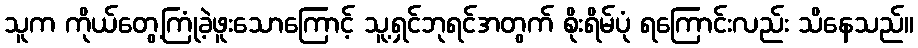
သူက ကိုယ်တွေ့ကြုံခဲ့ဖူးသောကြောင့် သူ့ရှင်ဘုရင်အတွက် စိုးရိမ်ပုံ ရကြောင်းလည်း သိနေသည်။